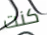
كنت